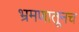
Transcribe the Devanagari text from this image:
भ्रमणातूनच